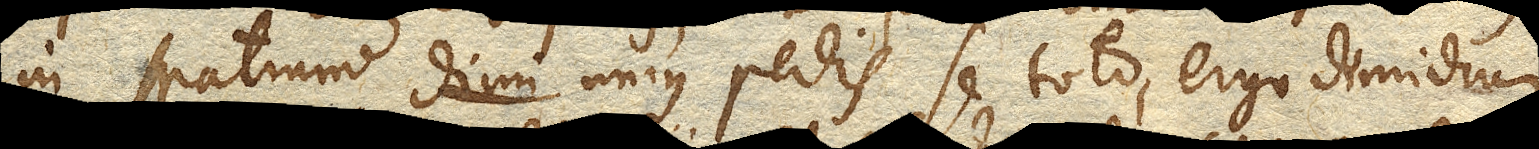
in spatium dim unius pedis se toto, ergo dimidium